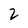
Character: 2